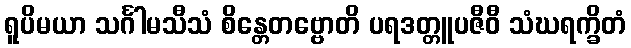
ရူပိမယာ သင်္ဂါမသီသံ စိန္တေတဗ္ဗောတိ ပရဒတ္တူပဇီဝီ သံဃရက္ခိတံ